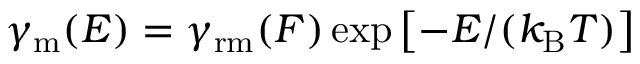
\gamma _ { \mathrm { m } } ( E ) = \gamma _ { \mathrm { r m } } ( F ) \exp \left[ - E / ( k _ { \mathrm { B } } T ) \right]